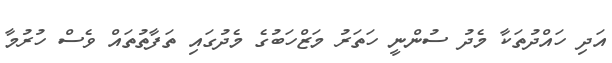
އަދި ހައްދުތަކާ މެދު ސުންނީ ހަތަރު މަޒްހަބުގެ މެދުގައި ތަފާތުތައް ވެސް ހުރުމާ